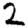
Digit: 2